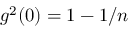
g ^ { 2 } ( 0 ) = 1 - 1 / n